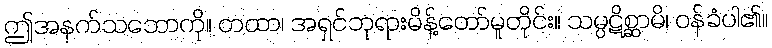
ဤအနက်သဘောကို။ တထာ၊ အရှင်ဘုရားမိန့်တော်မူတိုင်း။ သမ္ပဋိစ္ဆာမိ၊ ဝန်ခံပါ၏။